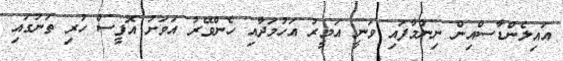
އައިލެންޑާސްއިން ނިންމާފައި ވަނީ އަމީރު އަހުމަދާއި ހެންވޭރު އަވަށު އޮފީސް ހުރި ތަނުގައި